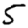
Digit: 5